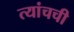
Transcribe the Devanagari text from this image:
त्यांचची